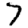
Digit: 7